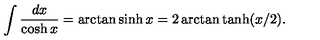
\displaystyle \int \displaystyle \frac { d x } { \cosh x } = \arctan \sinh x = 2 \arctan \tanh ( x / 2 ) .